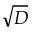
\sqrt { D }